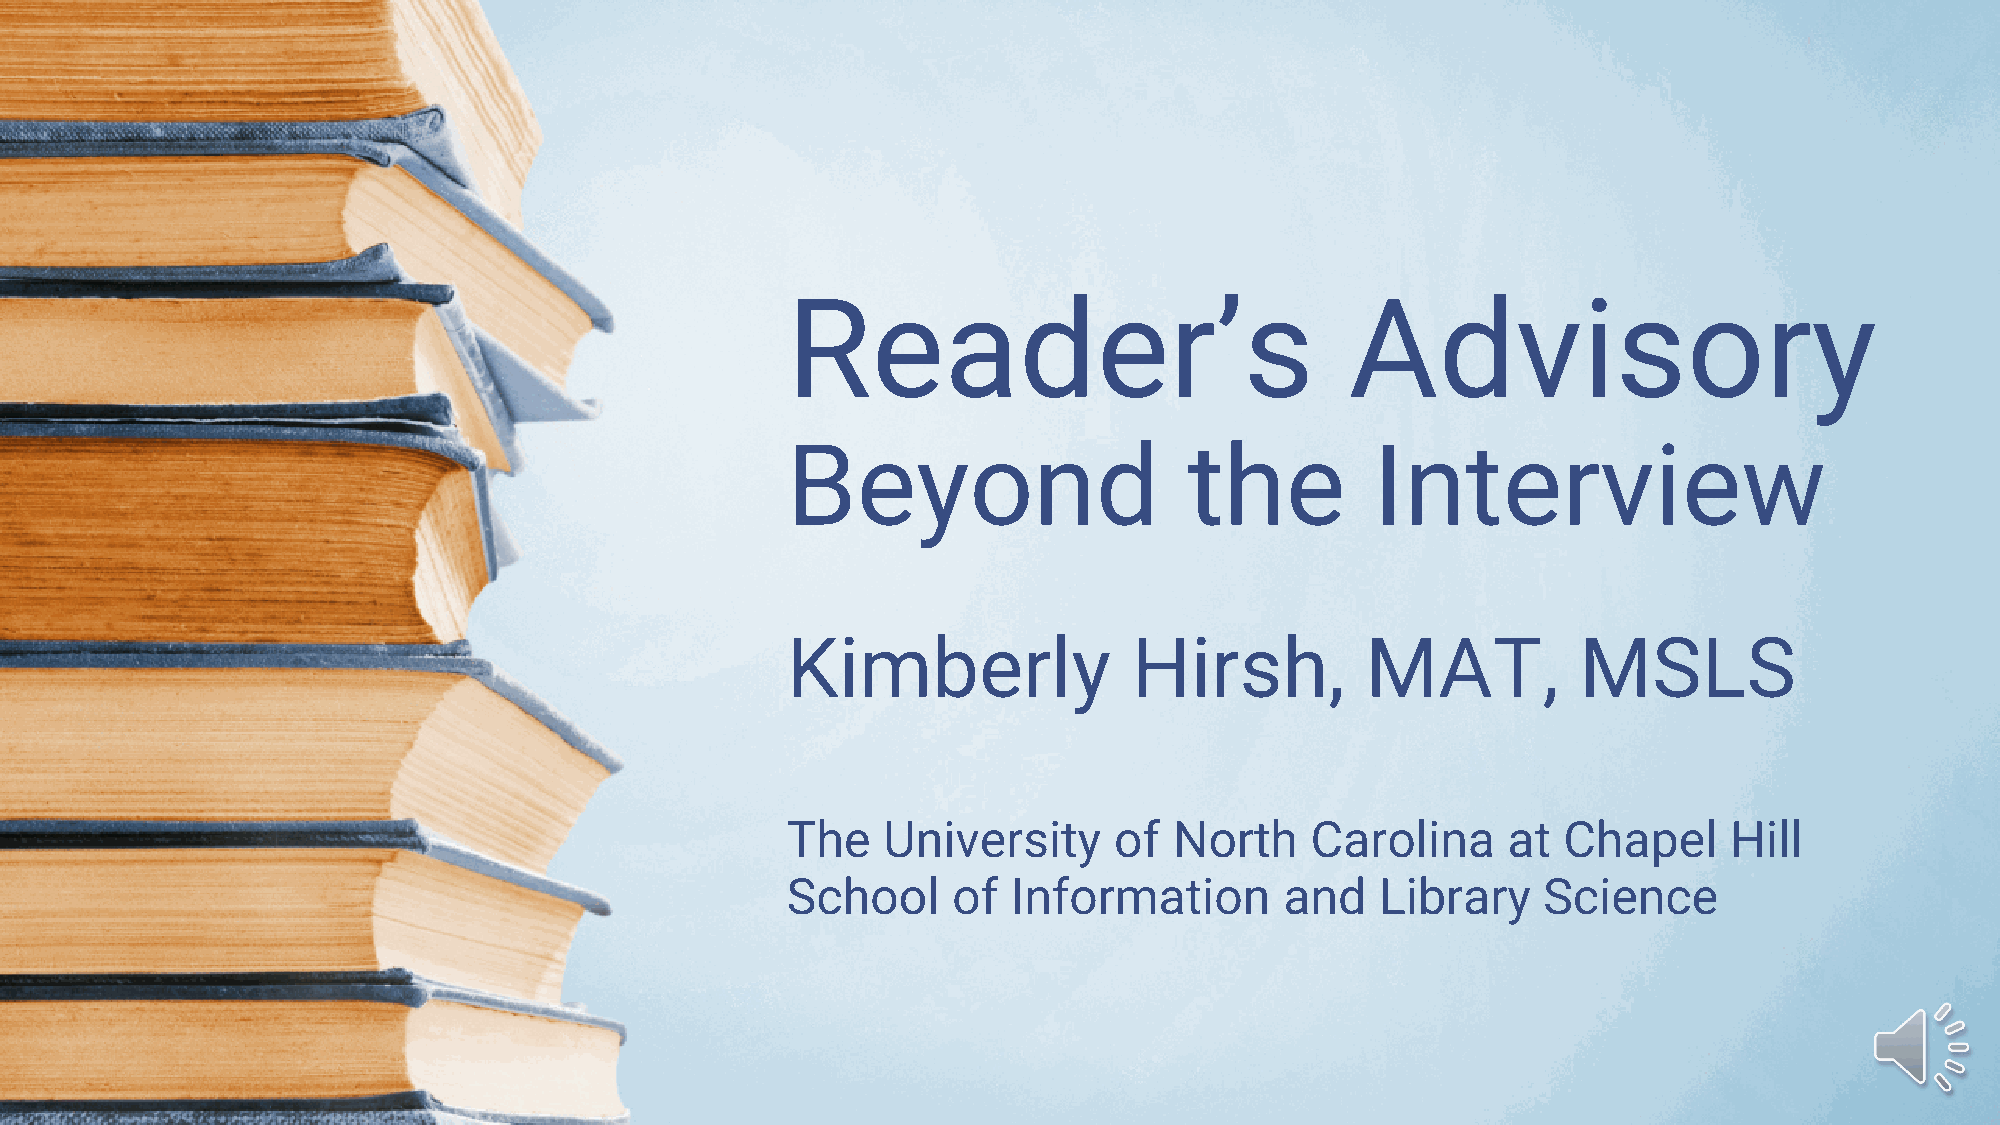
Reader’s                             Advisory
 Beyond                     the         Interview
 Kimberly               Hirsh,         MAT,           MSLS
 The   University      of  North    Carolina     at Chapel      Hill
 School     of  Information       and   Library    Science